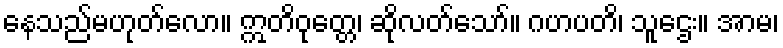
နေသည်မဟုတ်လော။ ဣတိဝုတ္တေ၊ ဆိုလတ်သော်။ ဂဟပတိ၊ သူဌေး။ အာမ၊